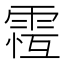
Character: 𩃆